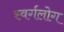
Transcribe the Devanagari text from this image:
स्वर्गलोग